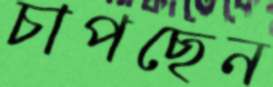
চাপছেন